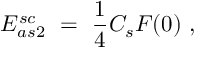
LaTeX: { \cal E } _ { a s 2 } ^ { s c } \ = \ \frac 1 4 C _ { s } F ( 0 ) \ ,